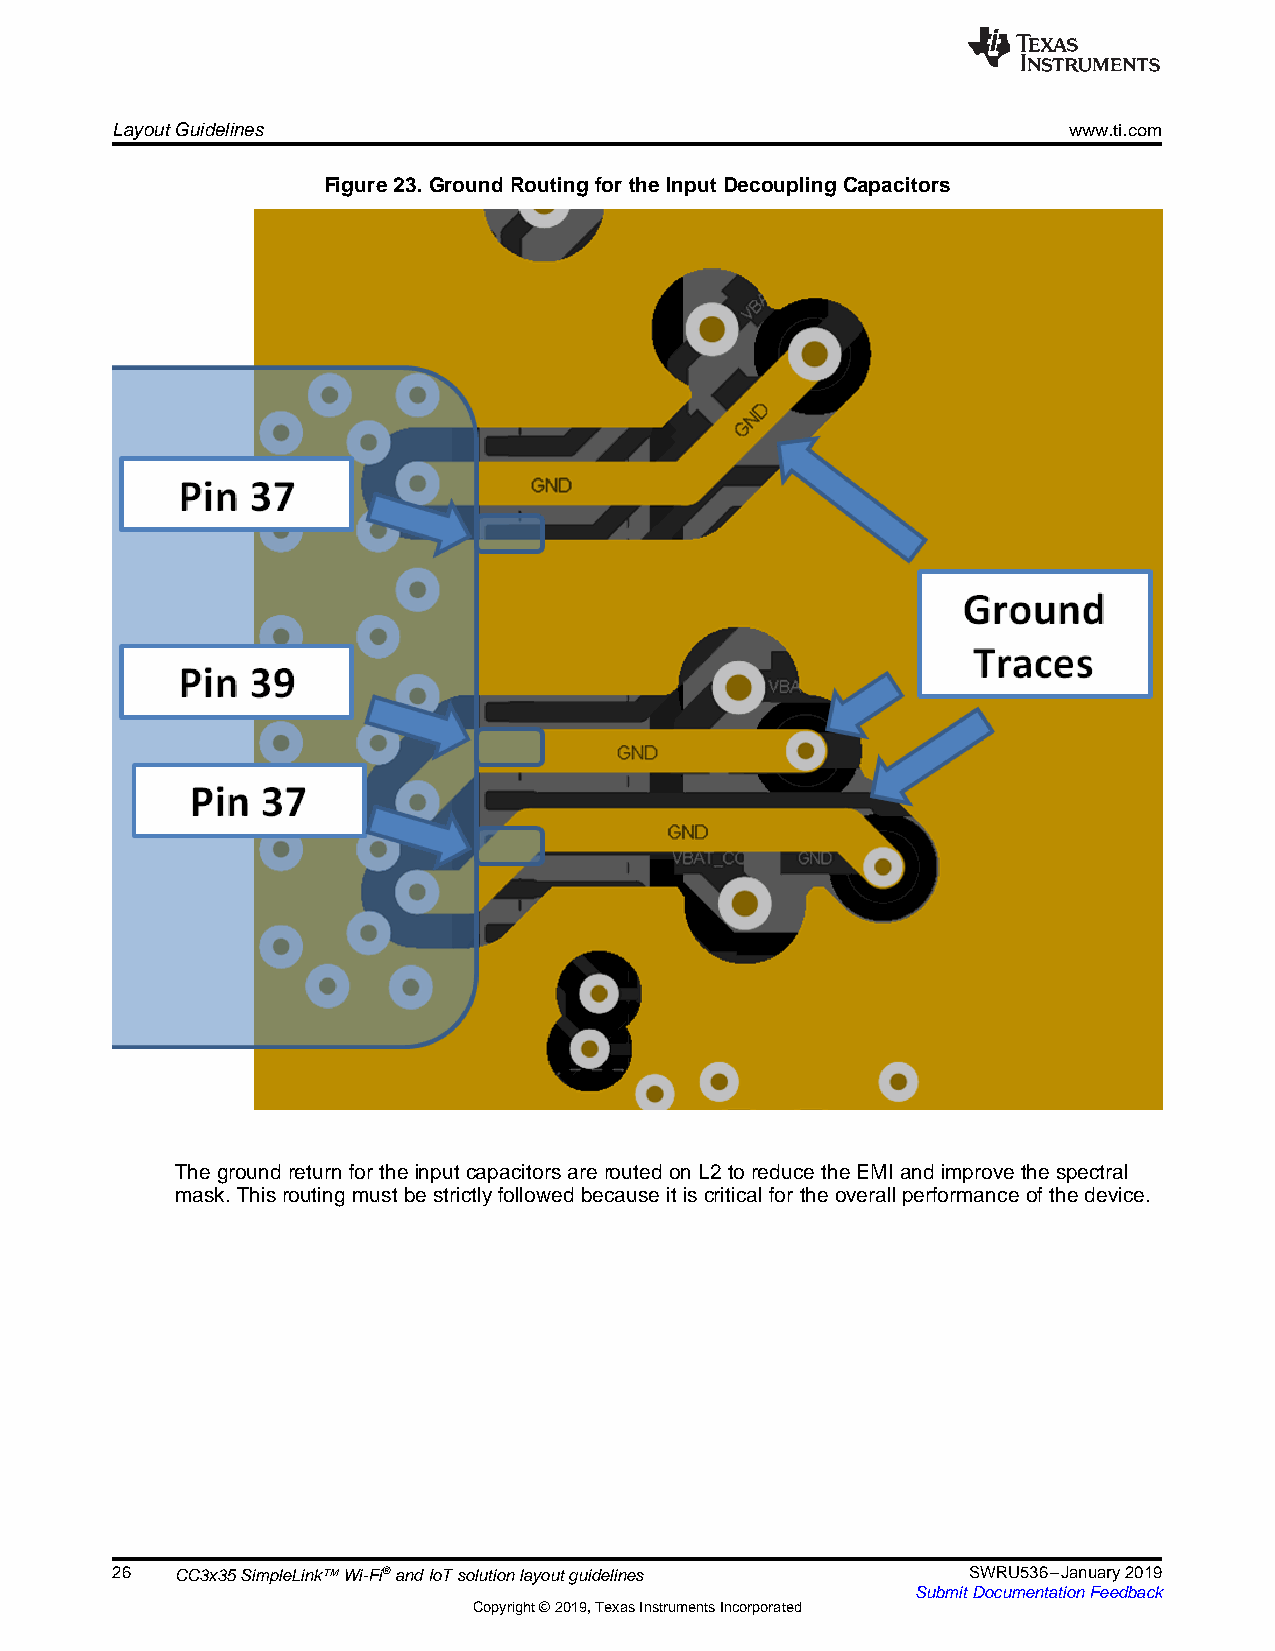
LayoutGuidelines                                                www.ti.com
 Figure23.GroundRoutingfortheInputDecouplingCapacitors
 ThegroundreturnfortheinputcapacitorsareroutedonL2toreducetheEMIandimprovethespectral
 mask.Thisroutingmustbestrictlyfollowedbecauseitiscriticalfor theoverallperformanceofthe device.
 26   CC3x35SimpleLink™Wi-Fi®andIoTsolutionlayoutguidelines SWRU536–January2019
 SubmitDocumentationFeedback
 Copyright©2019,TexasInstrumentsIncorporated